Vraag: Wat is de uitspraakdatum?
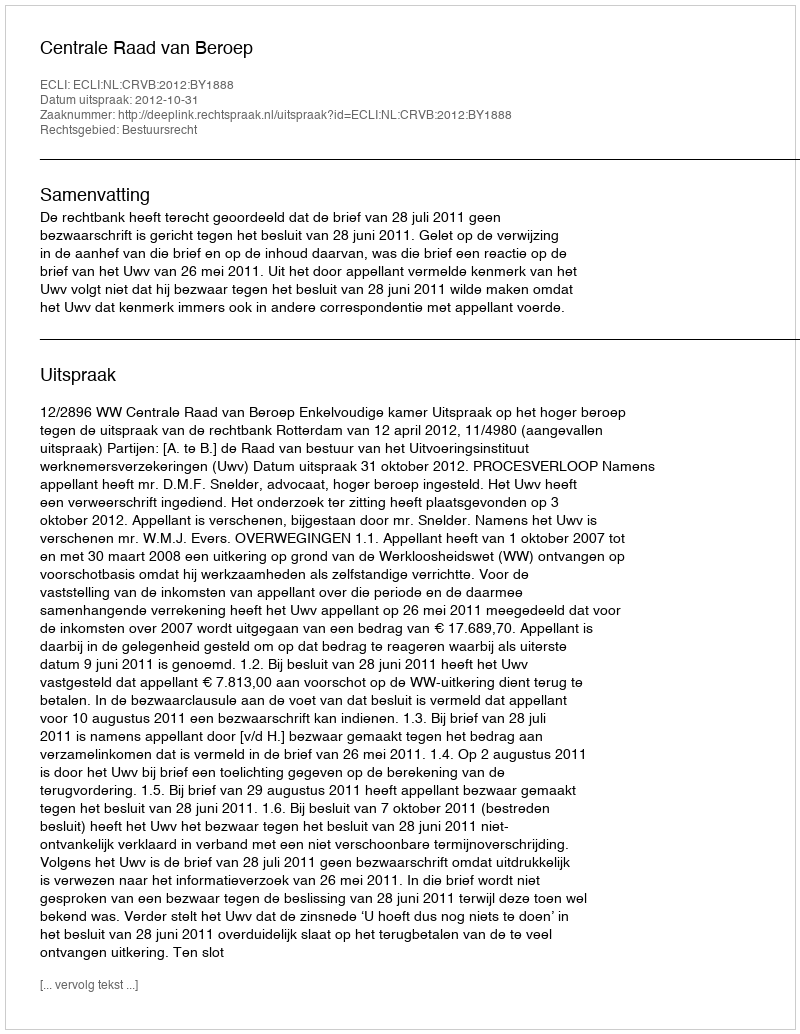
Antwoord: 2012-10-31